Report on vaccination in the Province of Bengal - 1869-1873
Year: 1869
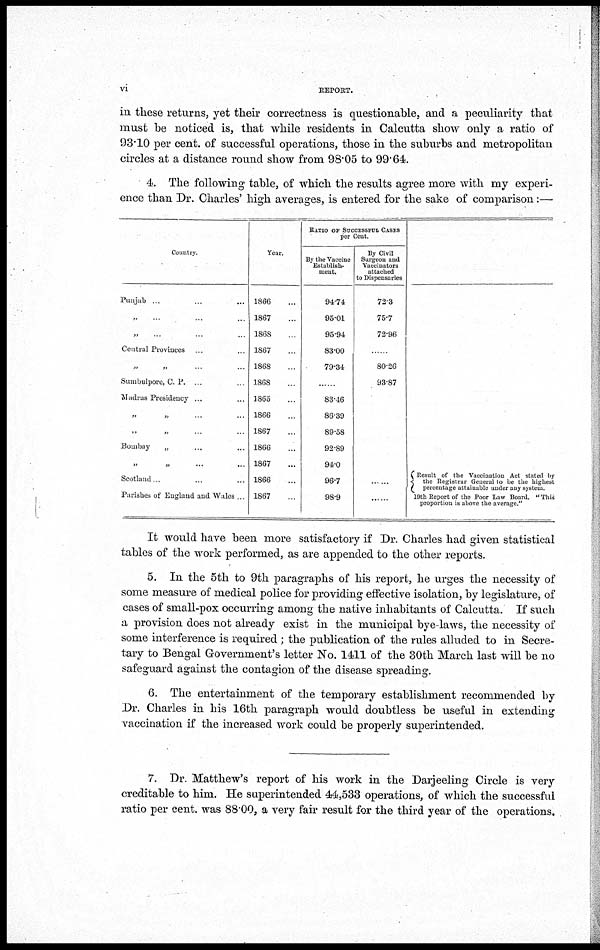
vi
REPORT.
in these returns, yet their correctness is questionable, and a peculiarity that
must be noticed is, that while residents in Calcutta show only a ratio of
93.10 per cent. of successful operations, those in the suburbs and metropolitan
circles at a distance round show from 98.05 to 99.64.
4. The following table, of which the results agree more with my experi-
ence than Dr. Charles' high averages, is entered for the sake of comparison:—
Country.
Punjab ... ... ...
„
...
...
...
„ ... ... ...
Central Provinces ... ...
„
...
...
...
Sumbulpore, C. P. ... ...
Madras Presidency ... ...
„
„
...
...
„ „ ... ...
Bombay
„ ... ...
„
„
...
...
Scotland ...... ...
Parishes of England and Wales ...
Year.
1866 ...
1867 ...
1868 ...
1867 ...
1868 ...
1868 ...
1865 ...
1866 ...
1867 ...
1866 ...
1867 ...
1866 ...
1867 ...
RATIO OF SUCCESSFUL CASES
per Cent.
By the Vaccine
Establish-
ment.
94.74
95.01
95.94
83.00
79.34
83.46
86.39
89.58
92.89
94.0
96.7
98.9
By Civil
Surgeon and
Vaccinators
attached
to Dispensaries
72.3
75.7
72.96
...
80.26
93.87
......
......
Result of the Vaccination Act stated by
the Registrar General to be the highest
percentage attainable under any system.
10th Report of the Poor Law Board. "This
proportion is above the average."
It would have been more satisfactory if Dr. Charles had given statistical
tables of the work performed, as are appended to the other reports.
5. In the 5th to 9th paragraphs of his report, he urges the necessity of
some measure of medical police for providing effective isolation, by legislature, of
cases of small-pox occurring among the native inhabitants of Calcutta. If such
a provision does not already exist in the municipal bye-laws, the necessity of
some interference is required; the publication of the rules alluded to in Secre-
tary to Bengal Government's letter No. 1411 of the 30th March last will be no
safeguard against the contagion of the disease spreading.
6. The entertainment of the temporary establishment recommended by
Dr. Charles in his 16th paragraph would doubtless be useful in extending
vaccination if the increased work could be properly superintended.
7. Dr. Matthew's report of his work in the Darjeeling Circle is very
creditable to him. He superintended 44,533 operations, of which the successful
ratio per cent. was 88.00, a very fair result for the third year of the operations.